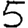
Digit: 5